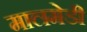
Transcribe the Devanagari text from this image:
मालमेडी